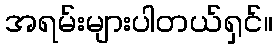
အရမ်းများပါတယ်ရှင်။